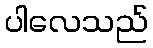
ပါလေသည်